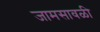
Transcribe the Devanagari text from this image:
जामसावळी